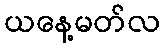
ယနေ့မတ်လ